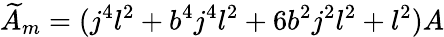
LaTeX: \widetilde{A}_{m}=(j^{4}l^{2}+b^{4}j^{4}l^{2}+6b^{2}j^{2}l^{2}+l^{2})A